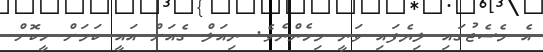
އެ މެސެޖުގައި ލިޔެފައި ވަނީ މިހެންނެވެ. ނިއަލް ގެއަށް އައީ ކަމަށް ހީކޮށް